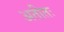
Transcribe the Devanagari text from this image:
अतीतः